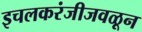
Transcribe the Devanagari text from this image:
इचलकरंजीजवळून